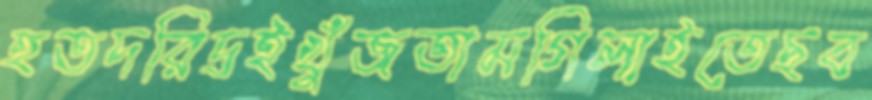
হতদরিদ্রইখুঁজতামগিলাইতেছব